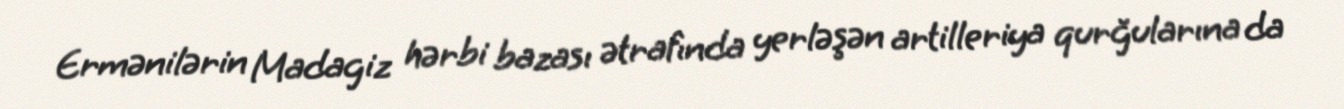
Ermənilərin Madagiz hərbi bazası ətrafında yerləşən artilleriya qurğularına da